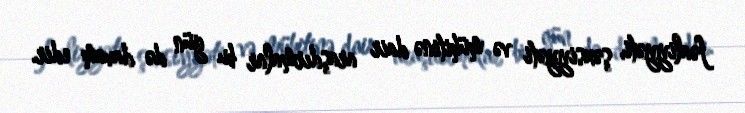
fəaliyyəti, şəxsiyyəti və mühitinə dair araşdırmalar bu gün də davam edir.